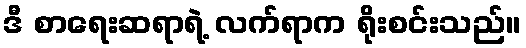
ဒီ စာရေးဆရာရဲ့ လက်ရာက ရိုးစင်းသည်။